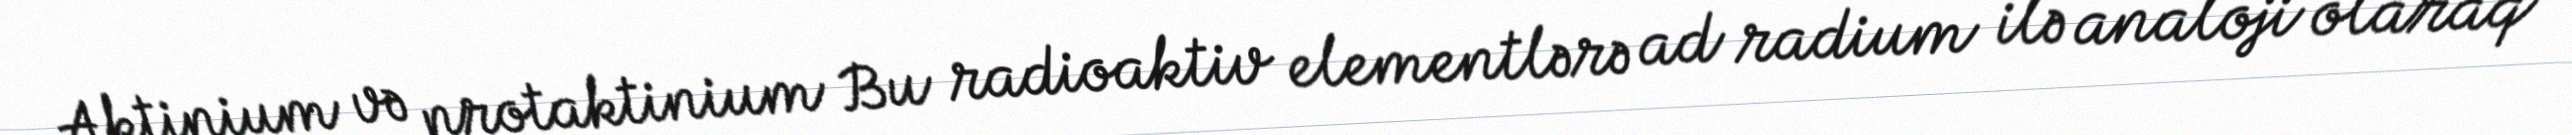
Aktinium və protaktinium Bu radioaktiv elementlərə ad radium ilə analoji olaraq